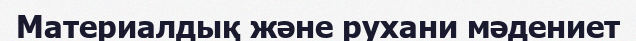
Материалдық және рухани мәдениет